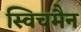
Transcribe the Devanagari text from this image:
स्विचमैन